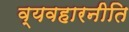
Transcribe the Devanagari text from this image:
व्यवहारनीति